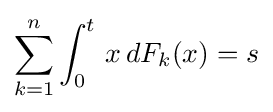
\sum _{k=1}^{n}\int _{0}^{t}\,x\,dF_{k}(x)=s